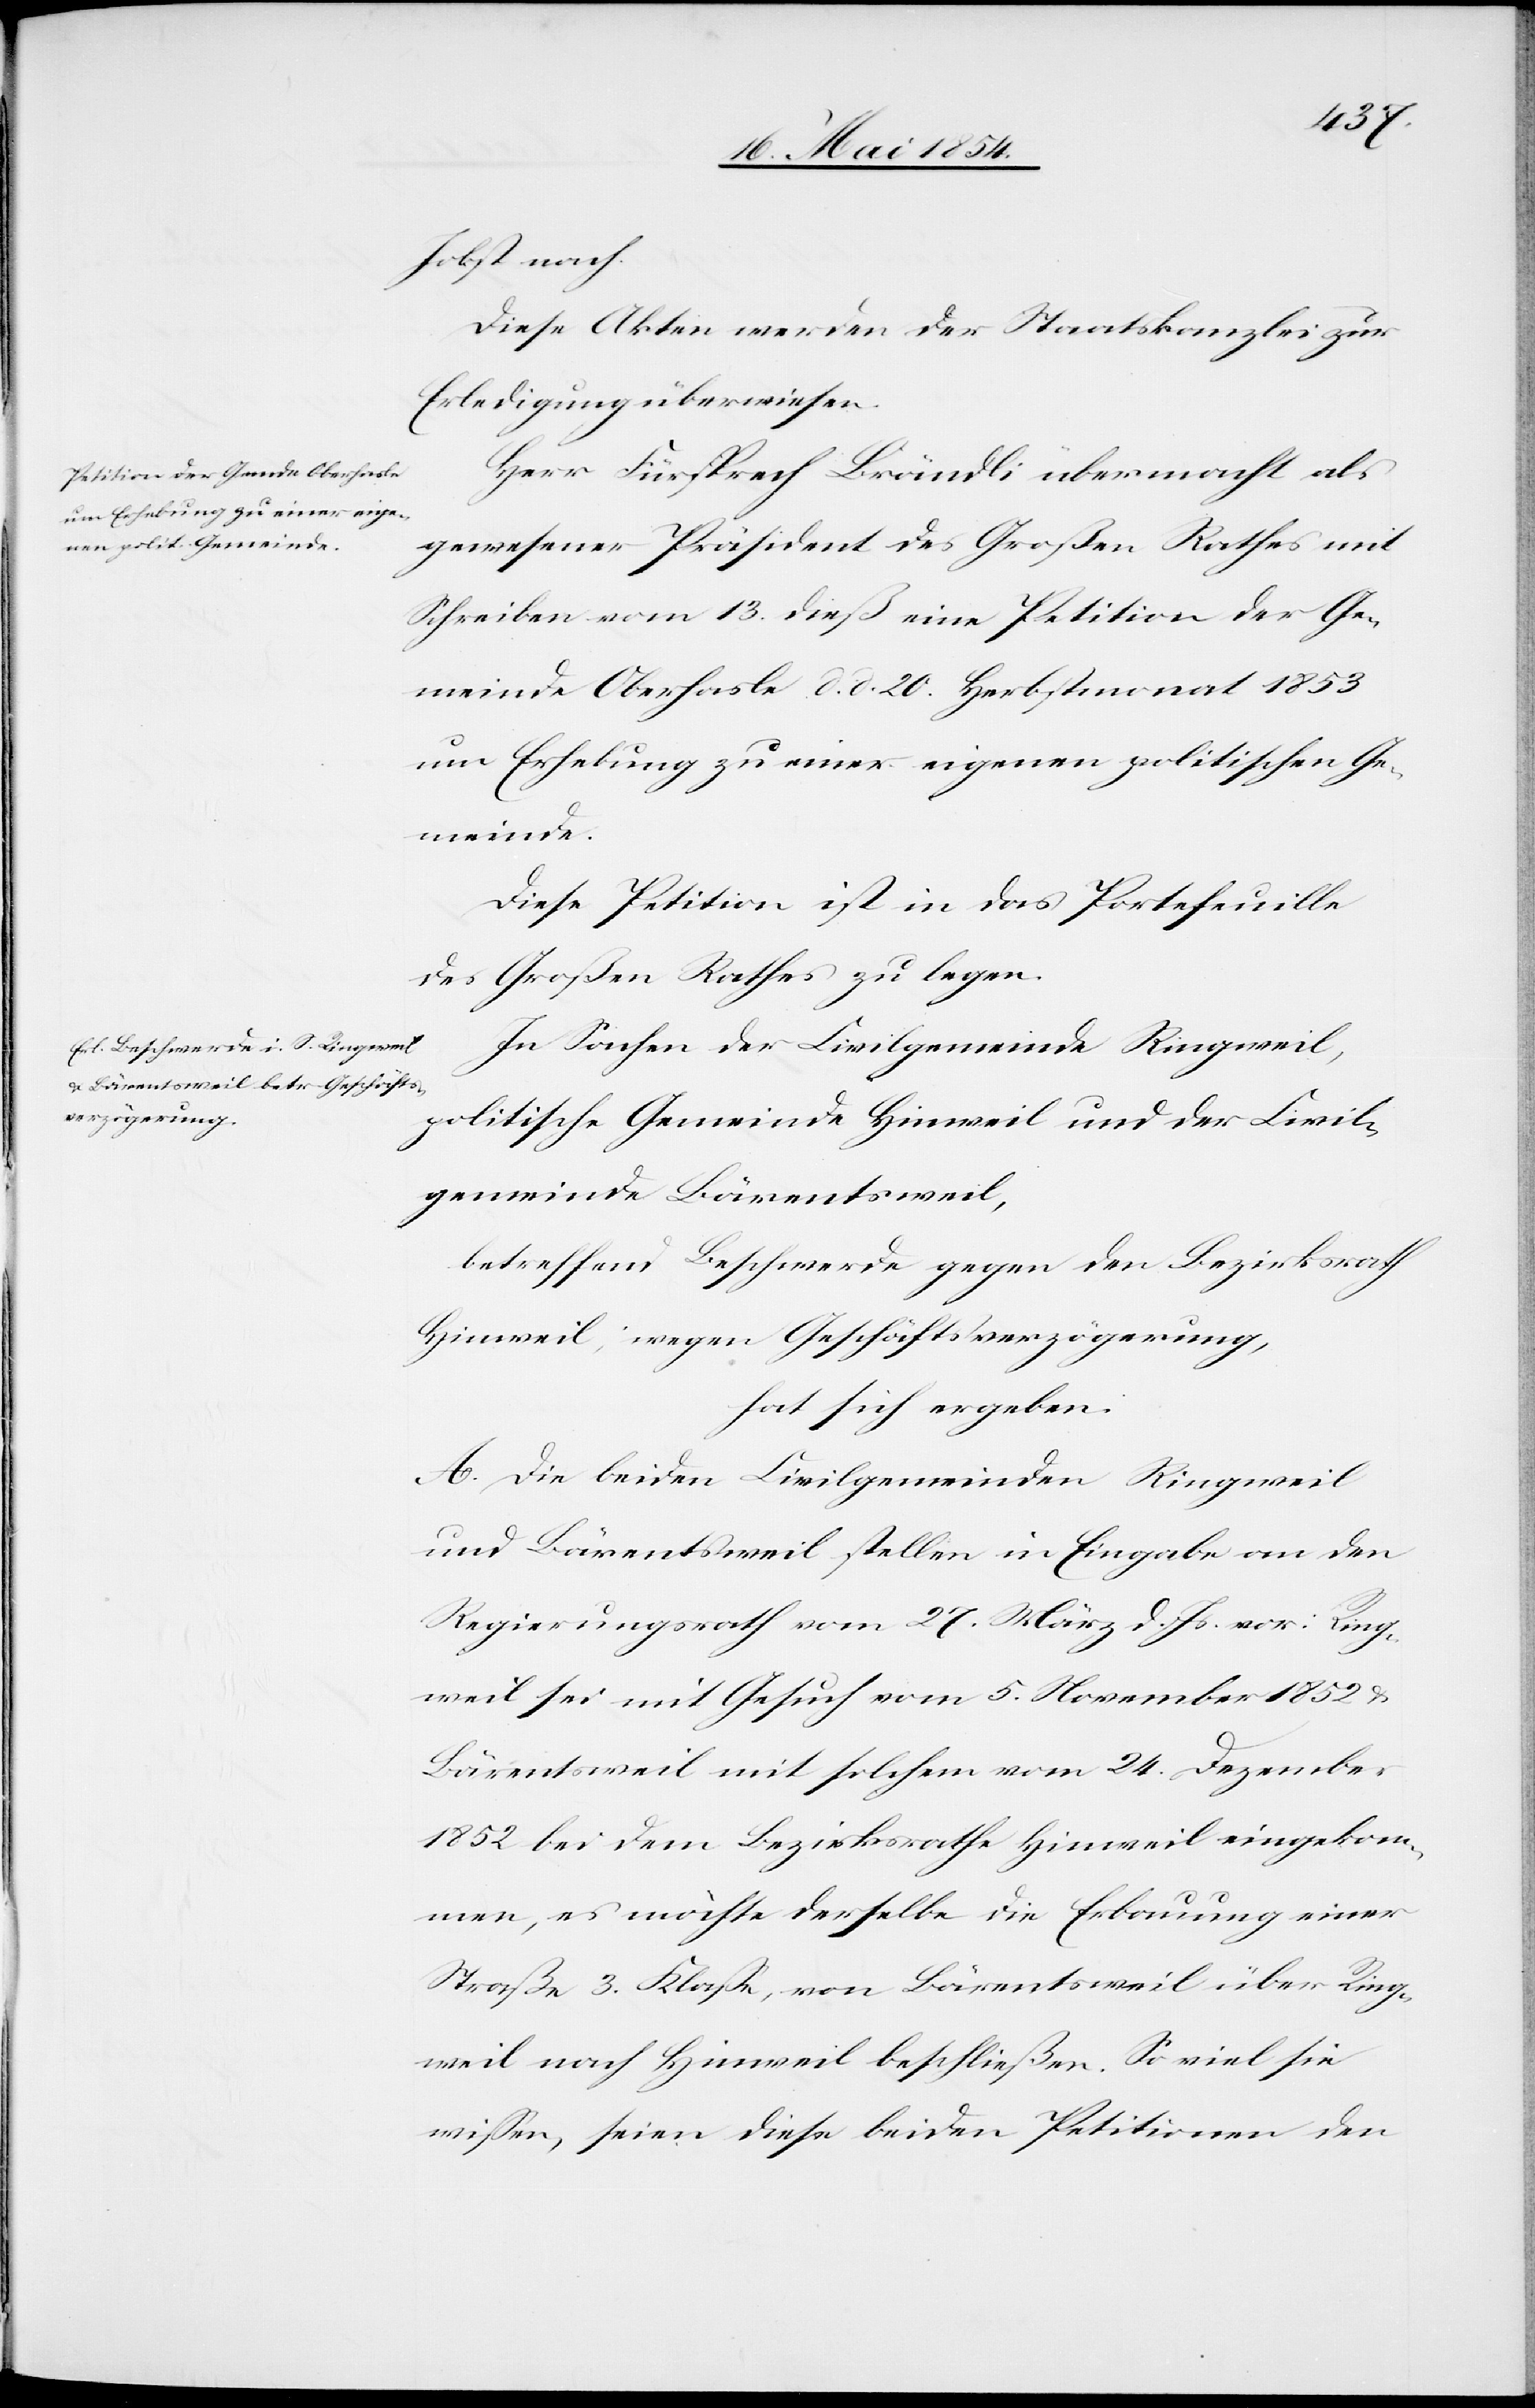
Jobst nach.
Diese Akten werden der Staatskanzlei zur
Erledigung überwiesen.
Herr Fürsprech Brändli übermacht als
gewesener Präsident des Großen Rathes mit
Schreiben vom 13. dieß eine Petition der Ge¬
meinde Oberhasle d. d. 20. Herbstmonat 1853
um Erhebung zu einer eigenen politischen Ge¬
meinde.
Diese Petition ist in das Portefeuille
des Großen Rathes zu legen.
In Sachen der Civilgemeinde Ringweil,
politische Gemeinde Hinweil und der Civil¬
gemeinde Bärentsweil,
betreffend Beschwerde gegen den Bezirksrath
Hinweil, wegen Geschäftsverzögerung,
hat sich ergeben:
A. Die beiden Civilgemeinden Ringweil
und Bärentsweil stellen in Eingabe an den
Regierungsrath vom 27. März d. Js. vor: Ring¬
weil sei mit Gesuch vom 5. November 1852 u.
Bärentsweil mit solchem vom 24. Dezember
1852 bei dem Bezirksrathe Hinweil eingekom¬
men, es möchte denselben die Erbauung einer
Straße 3. Klaße, von Bärentsweil über Ring¬
weil nach Hinweil beschließen. So viel sie
wißen, seien diese beiden Petitionen den